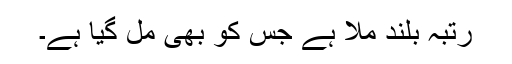
رتبہ بلند ملا ہے جس کو بھی مل گیا ہے۔